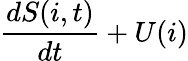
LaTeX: \frac{dS(i,t)}{dt}+U(i)